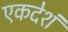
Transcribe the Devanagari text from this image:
एकदेशं